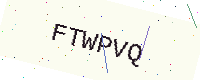
Text: FTWPVQ